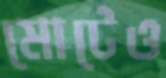
মোটেও